Bréfritari: Friðgeir Olgeirsson
Viðtakandi: Einar Friðgeirsson
Dagsetning: A-1880-11-05
Skrifað á: Garði  S-Þing.
Faðir Einars

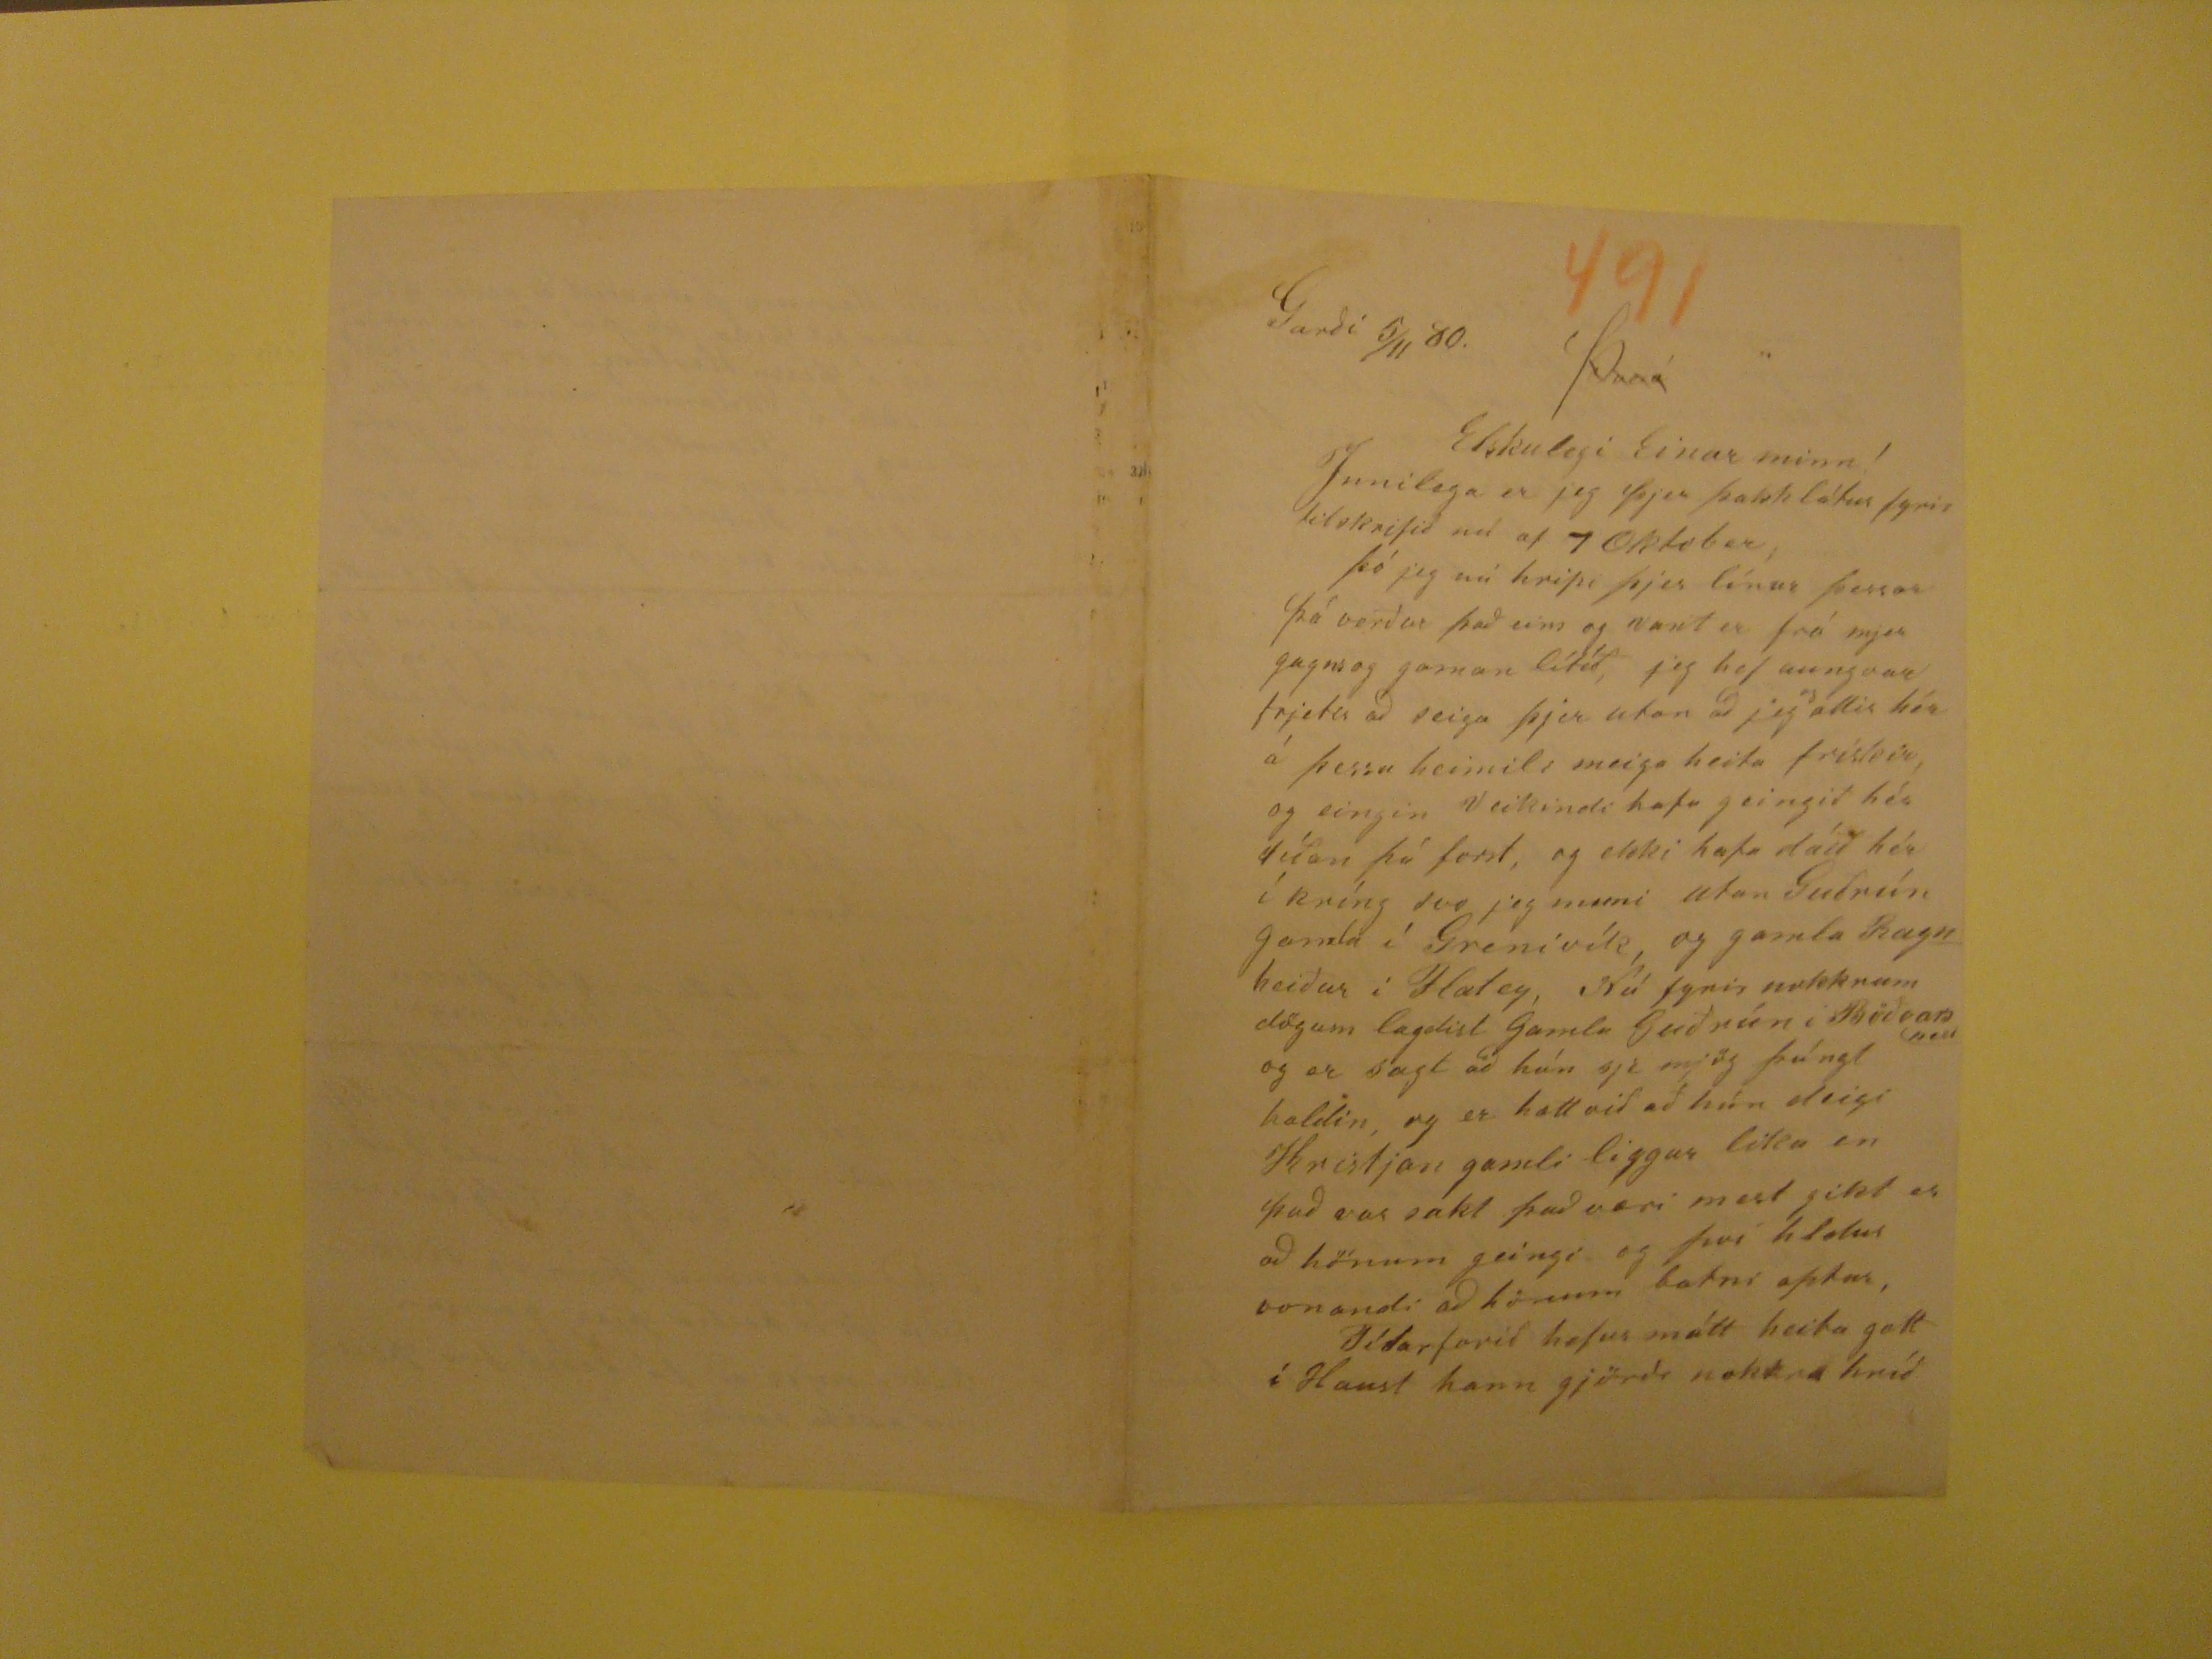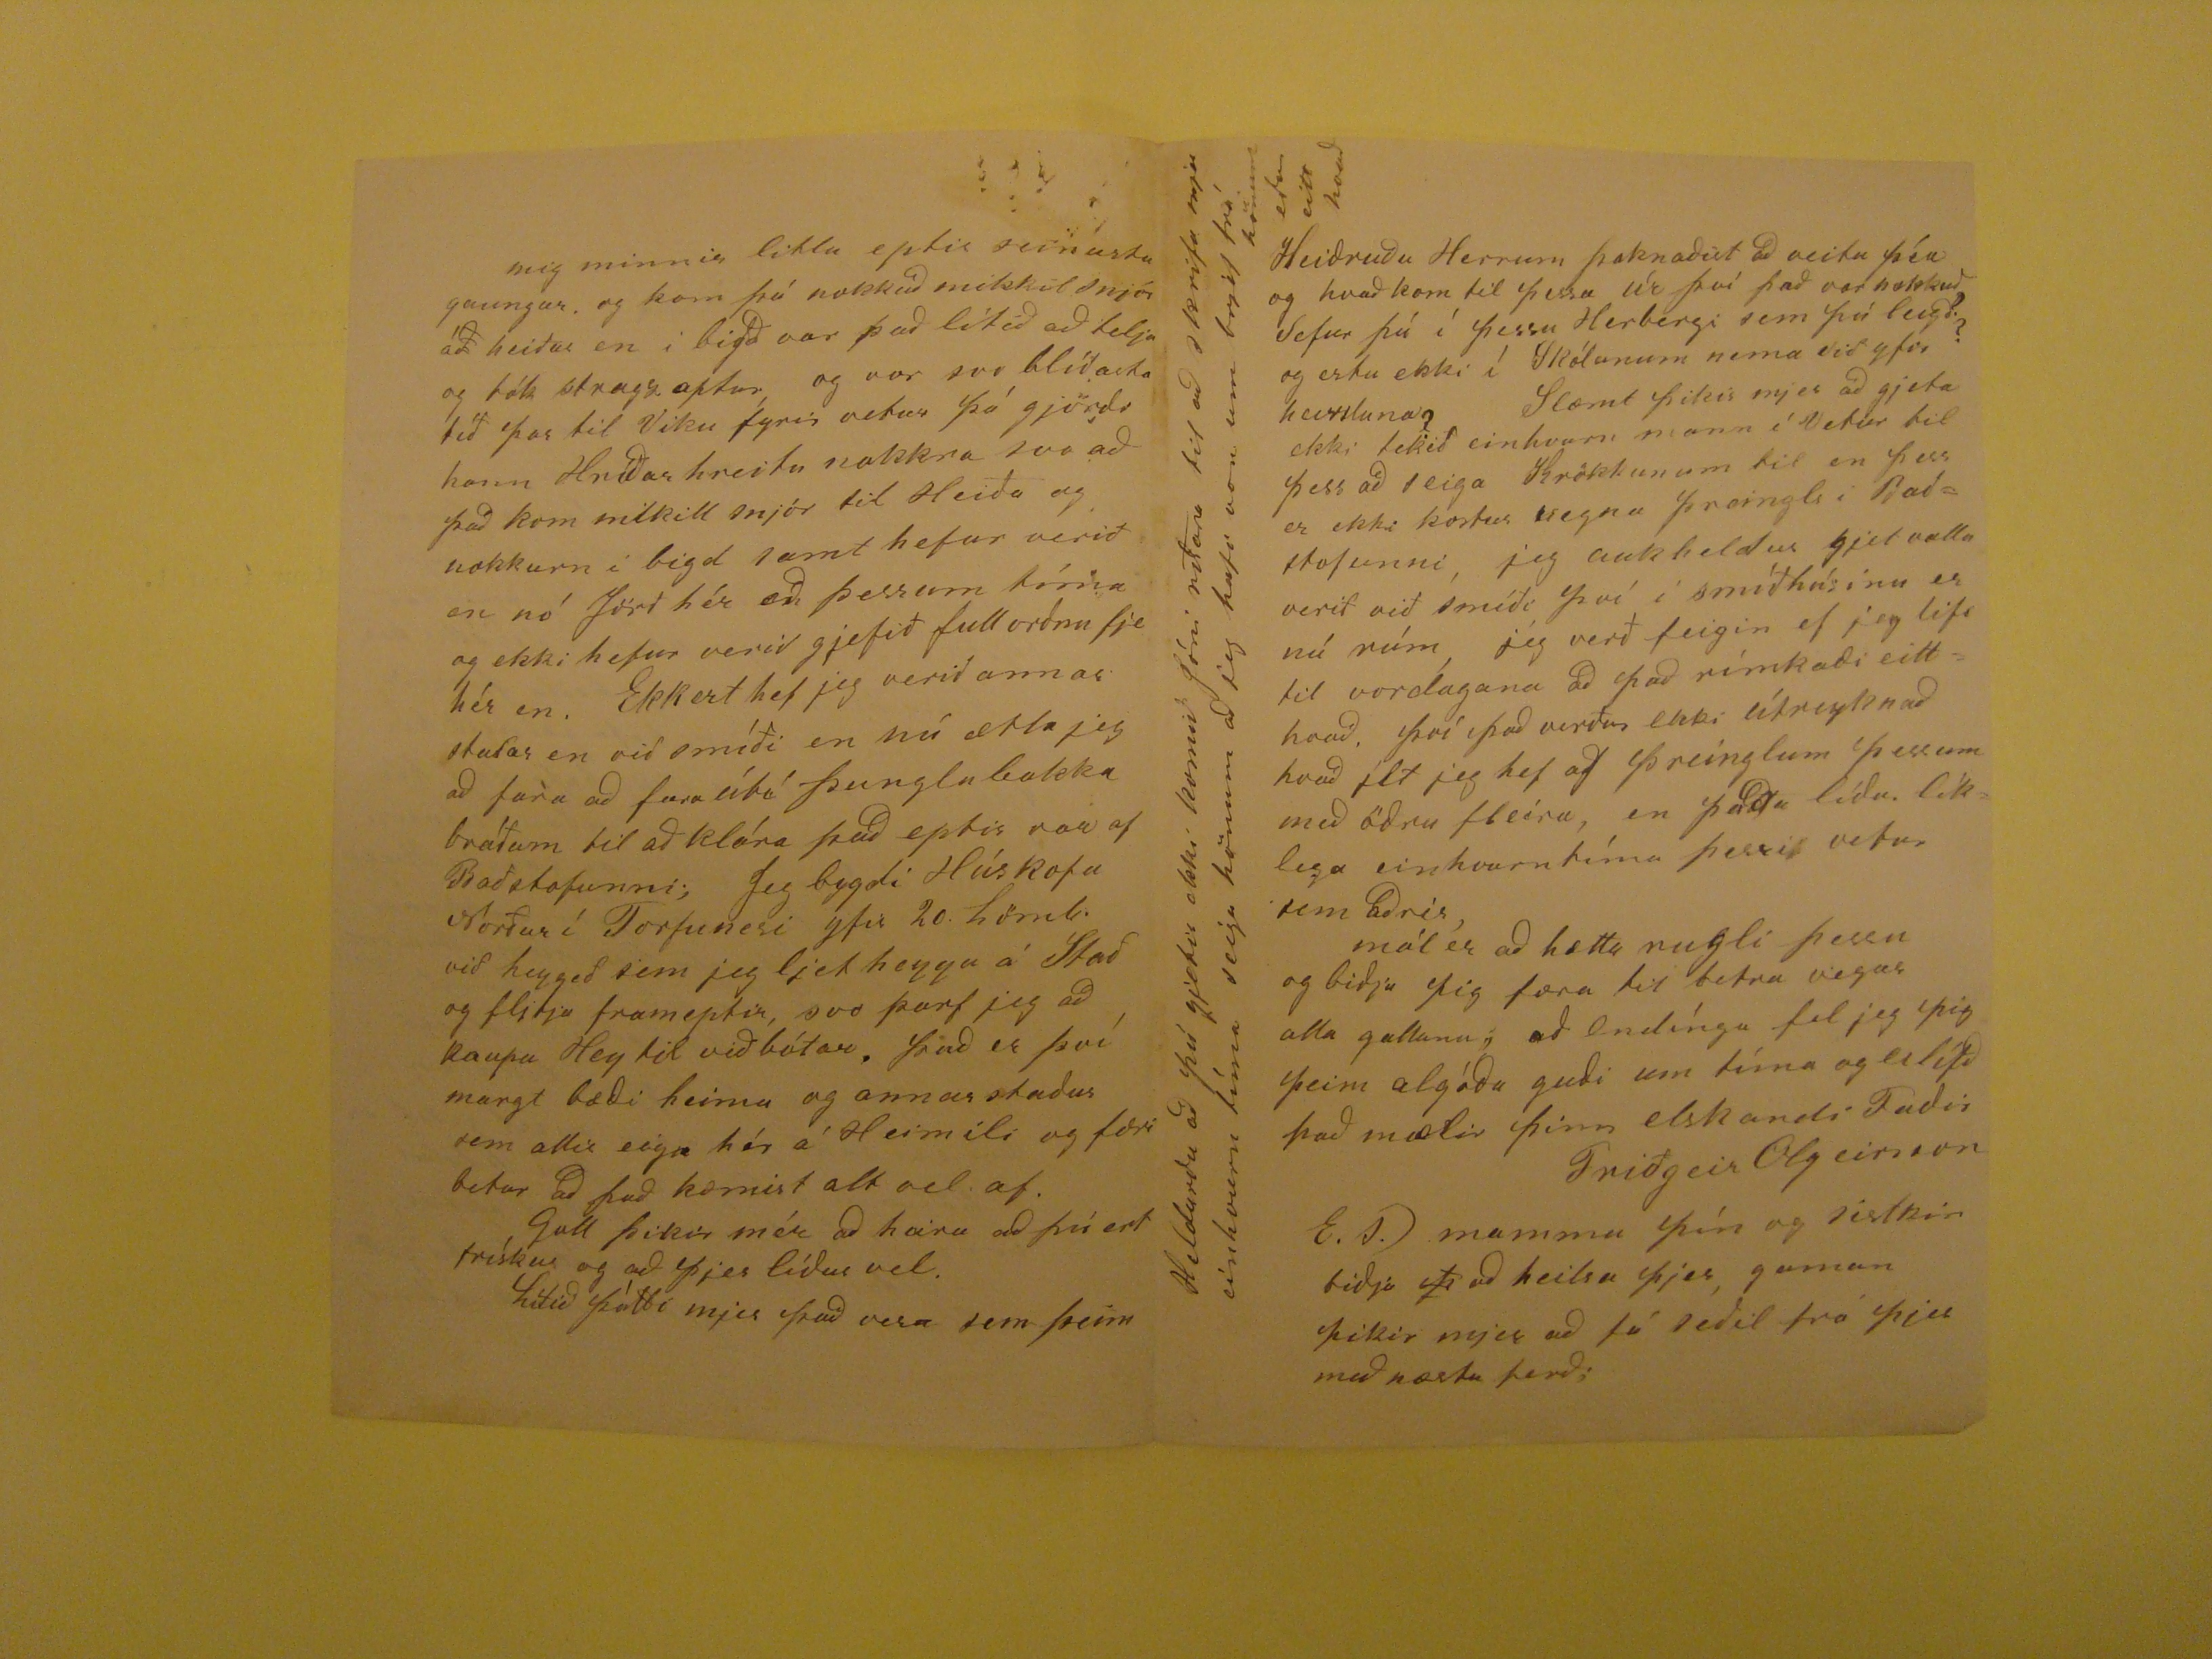

Garði 5/11 80.
Þverá
Elskulegi Einar minn!
Innilega er jeg þjer þakklátur fyrir tilskrifið nú af 7 Oktober; þó jeg nú hripi þjer línur þessar þá verður það eins og vant er frá mjer gagns og gaman lítið, jeg
hef augnvar frjetir að seiga þjer utan að jeg
og
allir hér á þessu heimili meiga heita frískir, og eingin Veikindi
hafa geingið hér síðan þú forst, og ekki hafa dáið hér í kríng svo jeg muni utan Guðrún gamla í Grenivík, og ganla Ragnheiður í Flatey, Nú fyrir nokkrum dögum
lagðist Gamla Guðrún í Böðvarsnesi og er sagt að hún sje mjög þúngt haldin, og er hætt við að hún deigi Kristjan gamli liggur lika en það var sakt það væri mest
gikt er að hönum geingi og því hldur vonandi að hönum batni aptur, Tíðarfarið hefur mátt heita gott í Haust hann gjörði nokkra hríð
mig minnir litlu eptir seinustu gaungur. og kom þá nokkuð mikkil snjór á
ð
heiður en í bigð var það lítið að telja
og tók strags aptur, og var svo blíðasta tíð þar til Viku fyrir vetur þá gjörði hann Hríðar hreitu nokkra svo að það kom mikil snjór til Heiða og nokkurn í bigd samt
hefur verið en nó Jörð hér að þessum tíma og ekki hefur verið gjefið full orðnu fje hér en. Ekkert hef jeg verið annar staðar en við smíði en nú ætla jeg að fara að
fara útá Þunglabakka bráðum til að klára það eptir vor af Baðstofunni; Jeg bygði Húskofa Norður í Torfunesi yfir 20.
hörnb.
við heygeð sem
jeg ljet heyga á Stað og flitja frameptir, svo þarf jeg að kaupa Hey til við bótar. Það er því margt bæði heima og annar staðar sem allir eiga hér á Heimili og færi
betur að það kæmist alt vel af. Gott þikir mér að heira að þú ert frískur og að þjer líður vel. Lítið þótti mér það vera sem þeim
Heiðruðu Herran þoknaðist að veita þín og hvað kom til þessa úr því það var nokkuð Sefur þú í þessu Herbergi sem þú leig?.? og ertu ekki í Skólanum nema við
yfirheirsluna? Slæmt þikir mjer að gjeta ekki tekið einhvurn mann í Vetur til þess að seiga Krökkunum til en þess er ekki kostur vegna þreingls i Baðstofunni, jeg
auk heldur gjet valla verið við smíði því í smíðhúsinu er nú rúm, jeg verð feigin ef jeg lifi til vordagana að það rímkaði eitthvað. Þþví það verður ekki útreyknað
hvað ilt jeg hef af þreinglum þessum með öðru fleiru, en
þaða
líðu. líklega einhvurntíma þessi vetur sem aðrir, mál er að hætta rugli þessu og
biðja þig færa til betra vegar alla gallana, að Endíngu fe jeg þig þeim algóða guði um tíma og eilífð það mælir þinn elskandi Faðir
Friðgeir Olgeirsson
E.S. mamma þín og sistir biðja
þ
að heilsa þjer, gaman þikir mjer að fá seðil frá þjer með næstu ferð;
Heldurðu að þú gjetir ekki komið Jóni ritara til að skrifa mjer einhvurn tíma seiga hönum að jeg hafi von um brjef frá
hönum eður eitthvað